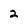
Character: 2